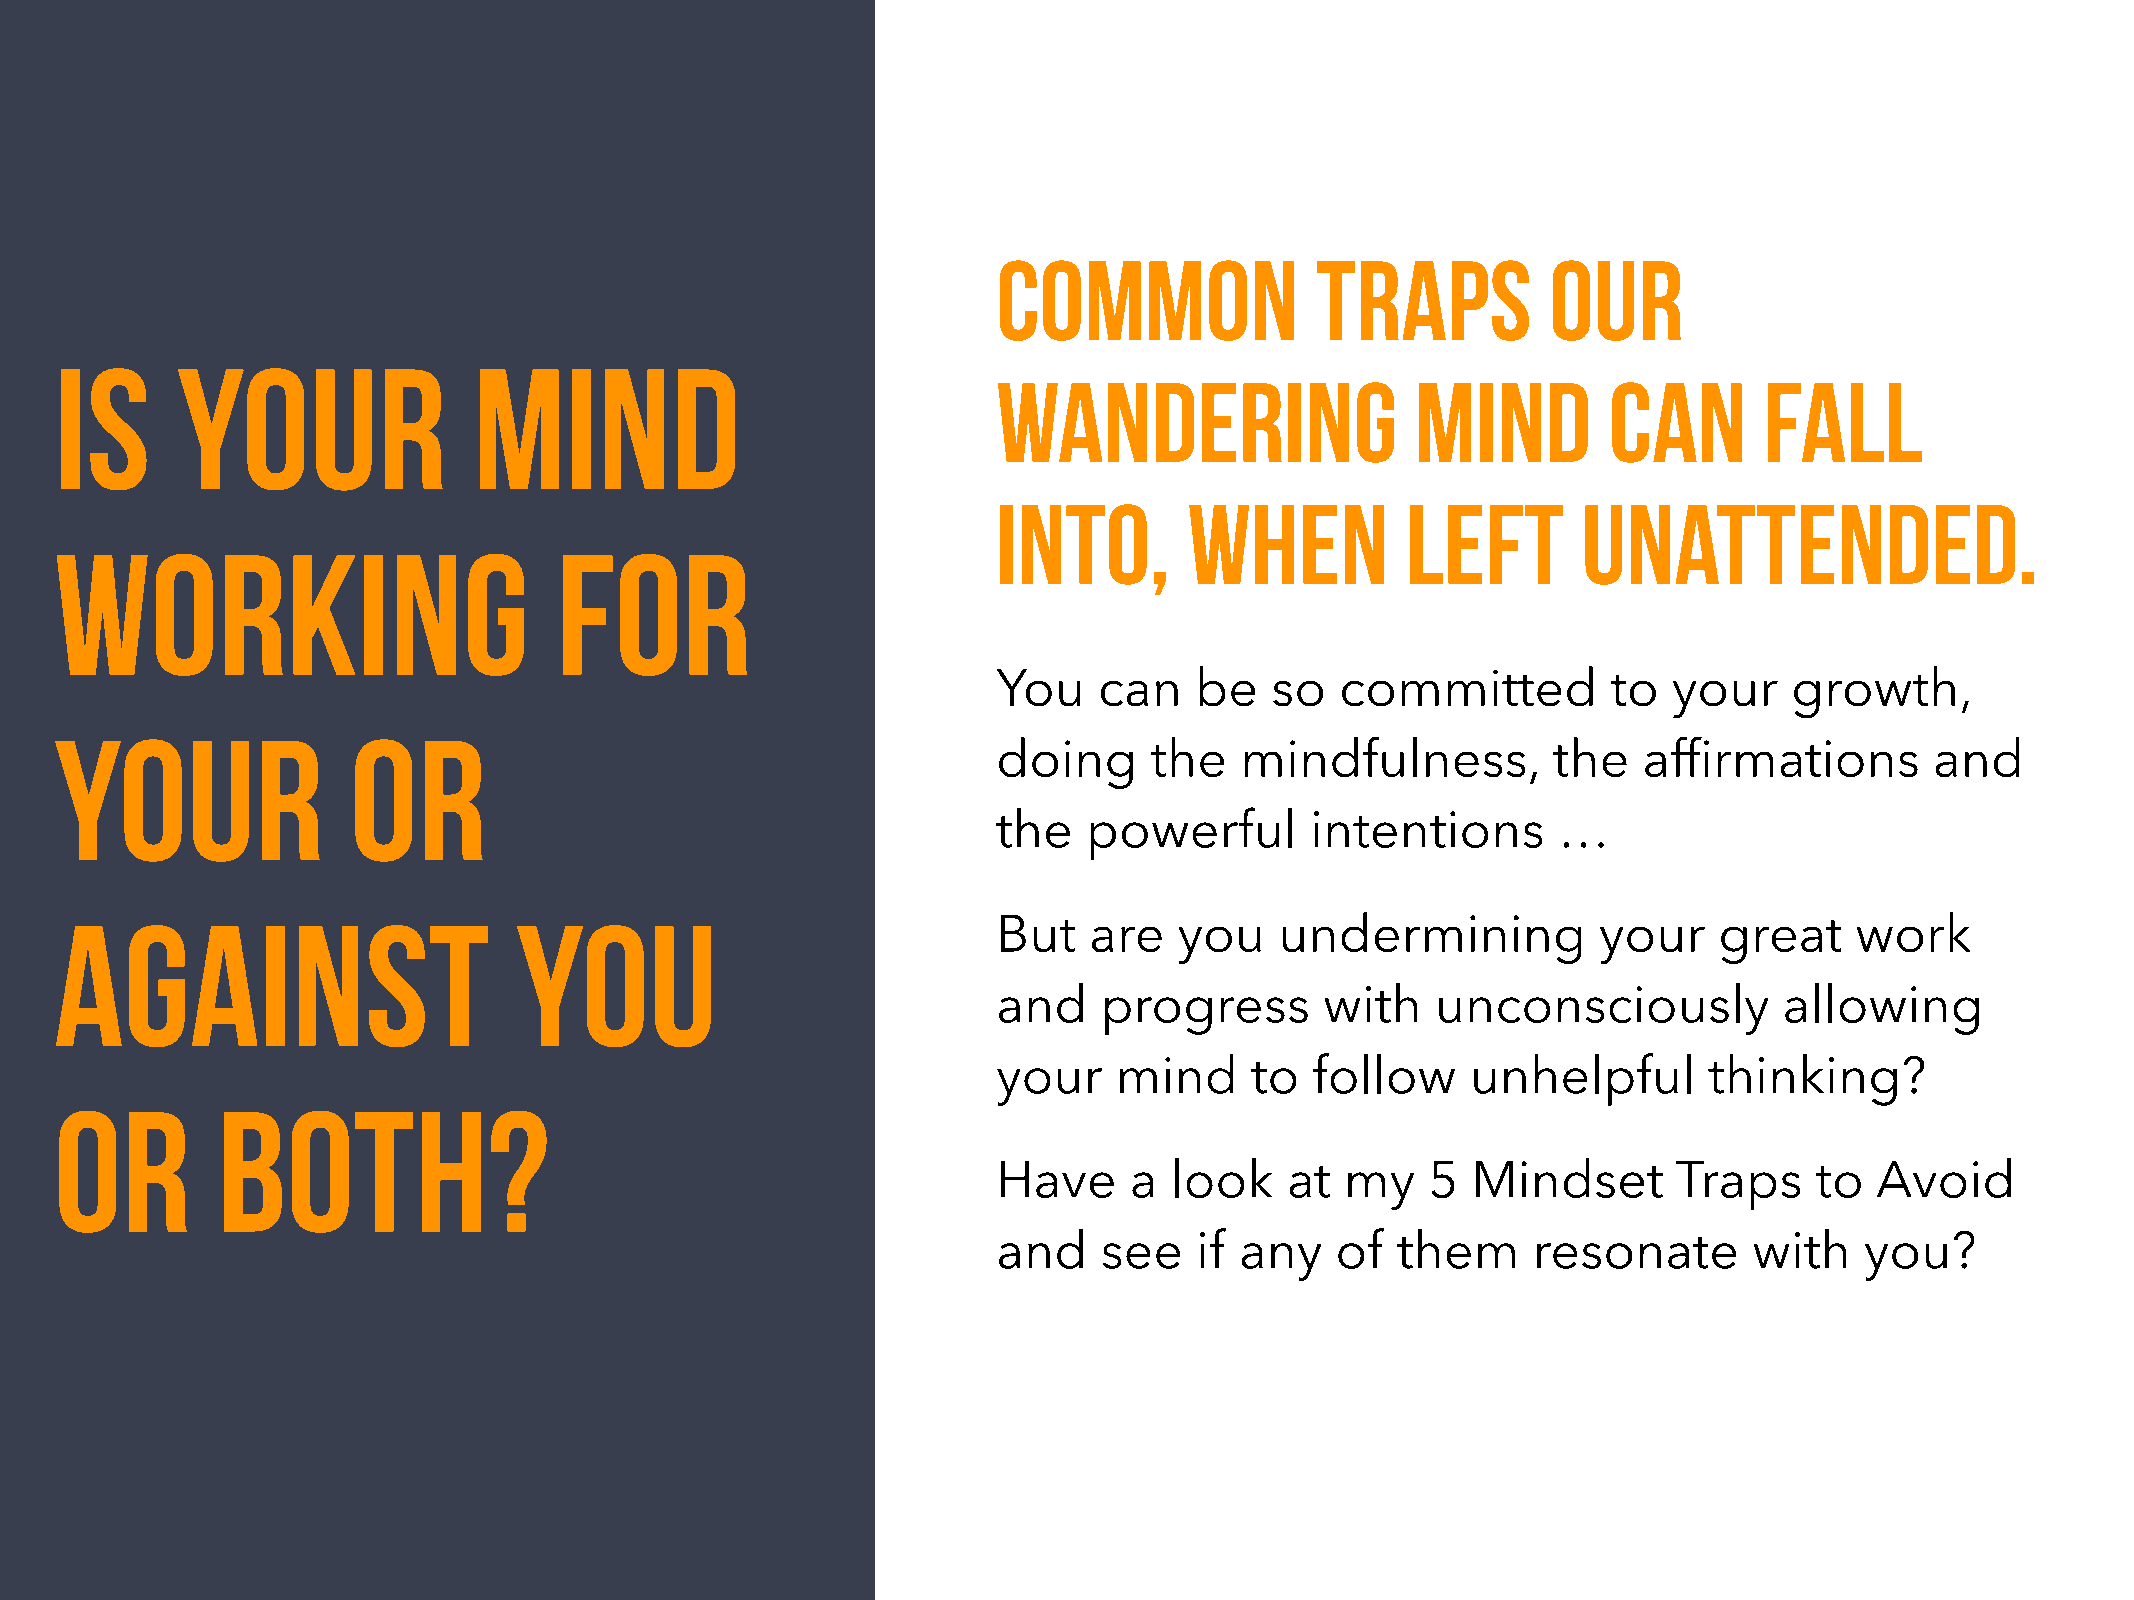
Common               traps           our
 Is      your               mind
 wandering                   mind        can        fall
 into,        when          left        unattended.
 working                          for
 You    can   be   so   committed         to  your    growth,
 your               or
 doing     the   mindfulness,         the   affirmations       and
 the   powerful       intentions      …
 against                       you
 But   are   you    undermining          your    great    work
 and    progress       with   unconsciously          allowing
 your    mind     to  follow    unhelpful       thinking?
 or        both?
 Have     a look    at  my    5 Mindset       Traps    to  Avoid
 and    see   if any   of  them     resonate       with   you?